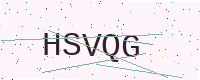
Text: HSVQG